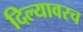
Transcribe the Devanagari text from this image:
दिल्यावरच